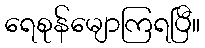
ရေစုန်မျောကြရပြီ။